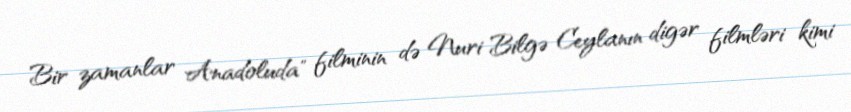
Bir zamanlar Anadoluda" filminin də Nuri Bilgə Ceylanın digər filmləri kimi